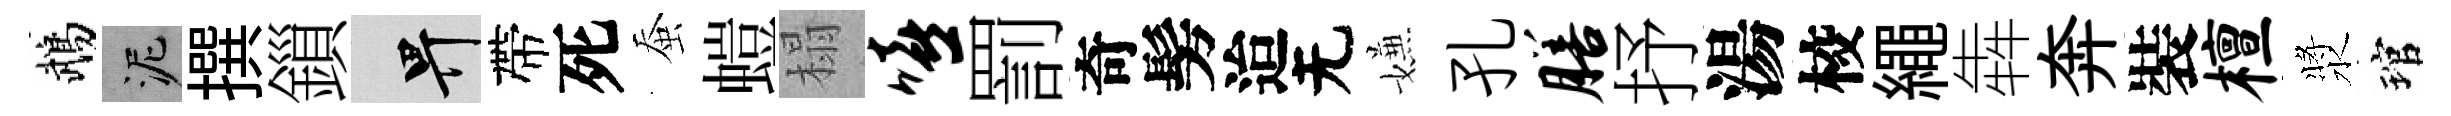
鵡泥撰鎻畀帶死蚕螘榻嘻罰奇髣迨无嫌孔膳抒湯校繩犇奔裝檀漿琯